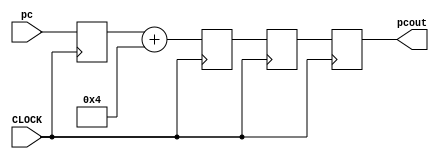
`timescale 100fs/100fs
module pc_transfer (
    input CLOCK,
    input signed [31:0] pc,
    output signed [31:0] pcout
);

reg signed [31:0] pc1, pc2, pc3,pc4;

always @(posedge CLOCK) begin
pc1 <= pc;
pc2 <= pc1 + 4;
pc3 <= pc2;
pc4 <= pc3; 
end

assign pcout[31:0] = pc4;

endmodule